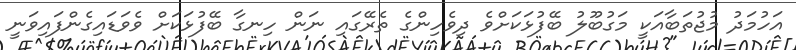
އަހުމަދު މުޖުތަބާއަކީ މަގުބޫލު ބޭފުޅަކަށްވެ ދިވެހިންގެ ތެރޭގައި ނަން ހިނގާ ބޭފުޅަކަށް ވެވަޑައިގެންފައިވަނީ